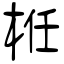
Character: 栣